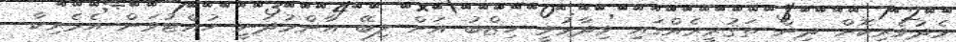
މެދުވެރިކޮށް ދިން ތަޤުރީރެއްގައި ވިދާޅުވީ ހިޒްބު އަށް ލިބޭ އާންމުދަނީ ހުއްޓުވަން އެމެރިކާ